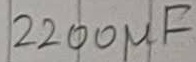
Text: 2200µF